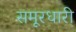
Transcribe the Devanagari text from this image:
समूरधारी